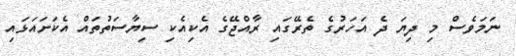
ނަމަވެސް މި ދިޔަ ދެ އަހަރުގެ ތެރޭގައި ރާއްޖޭގެ އެކިއެކި ސިޔާސަތުތައް އެކަށައަޅައި